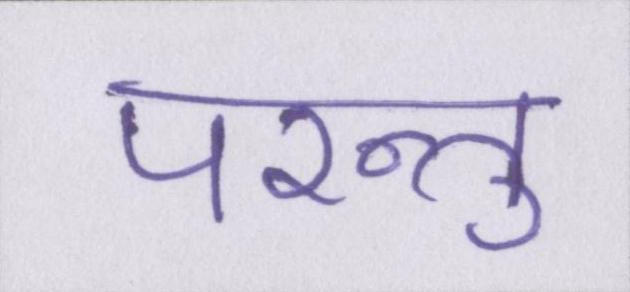
परन्तु